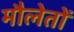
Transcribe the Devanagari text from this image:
मौलेतों